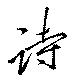
詩